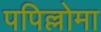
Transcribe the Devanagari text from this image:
पपिल्लोमा